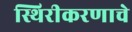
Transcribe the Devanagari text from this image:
स्थिरीकरणाचे